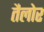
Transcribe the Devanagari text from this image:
तैलोर